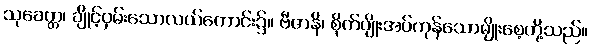
သုခေတ္တ၊ ချိုင့်ဝှမ်းသောလယ်ကောင်း၌။ ဗီဇာနိ၊ စိုက်ပျိုးအပ်ကုန်သောမျိုးစေ့တို့သည်။